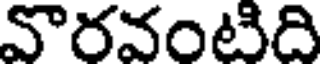
వొరవంటిది